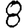
Digit: 8